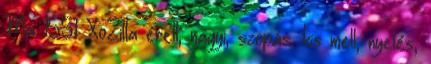
Ma 15:51 XoZilla érett, nagyi, szopás, kis mell, nyelés,